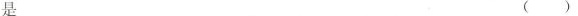
是 ( )